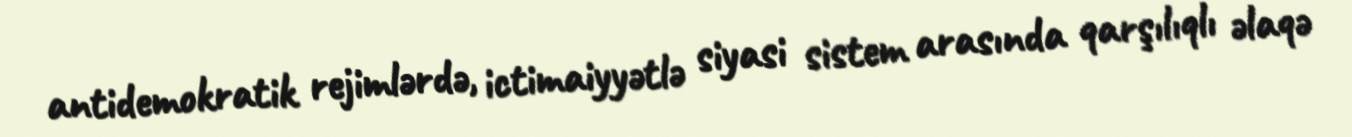
antidemokratik rejimlərdə, ictimaiyyətlə siyasi sistem arasında qarşılıqlı əlaqə